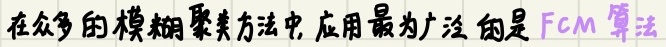
在众多的模糊聚类方法中, 应用最为广泛的是 FCM 算法